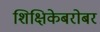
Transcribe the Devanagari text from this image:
शिक्षिकेबरोबर